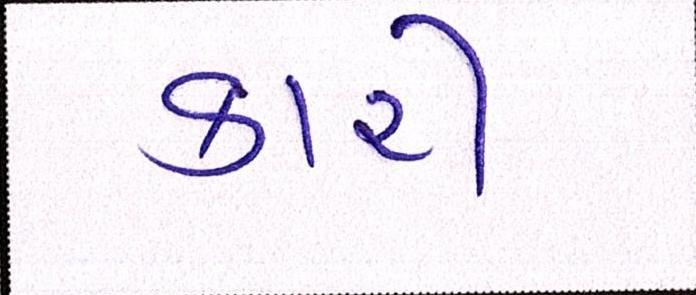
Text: કારી